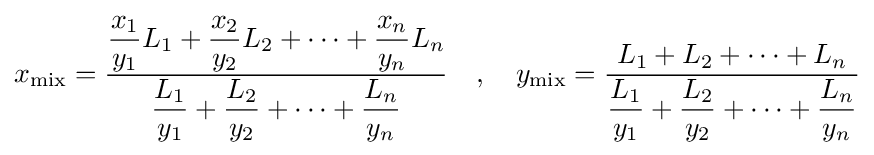
x_{\mathrm {mix} }={\frac {{\dfrac {x_{1}}{y_{1}}}L_{1}+{\dfrac {x_{2}}{y_{2}}}L_{2}+\dots +{\dfrac {x_{n}}{y_{n}}}L_{n}}{{\dfrac {L_{1}}{y_{1}}}+{\dfrac {L_{2}}{y_{2}}}+\dots +{\dfrac {L_{n}}{y_{n}}}}}\quad ,\quad y_{\mathrm {mix} }={\frac {L_{1}+L_{2}+\dots +L_{n}}{{\dfrac {L_{1}}{y_{1}}}+{\dfrac {L_{2}}{y_{2}}}+\dots +{\dfrac {L_{n}}{y_{n}}}}}